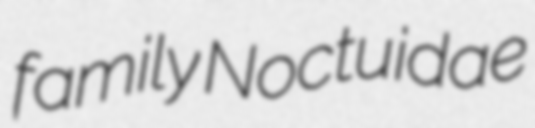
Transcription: family Noctuidae